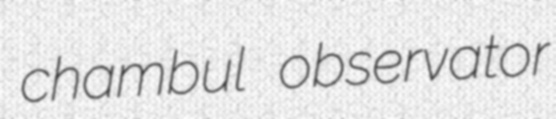
chambul observator